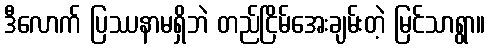
ဒီလောက် ပြဿနာမရှိဘဲ တည်ငြိမ်အေးချမ်းတဲ့ မြင်သာရွာ။